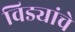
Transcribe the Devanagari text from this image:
विड्यांचे